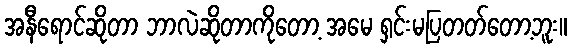
အနီရောင်ဆိုတာ ဘာလဲဆိုတာကိုတော့ အမေ ရှင်းမပြတတ်တော့ဘူး။